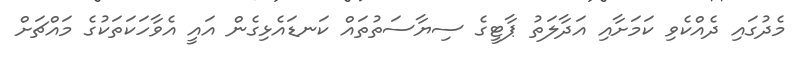
މެދުގައި ދެއްކެވި ކަމަށާއި އަދާލަތު ޕާޓީގެ ސިޔާސަތުތައް ކަނޑައެޅިގެން އައީ އެވާހަކަތަކުގެ މައްޗަށް